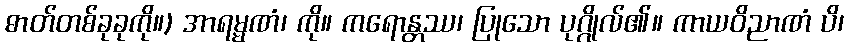
ဓာတ်တစ်ခုခုကို။) အာရမ္မဏံ၊ ကို။ ကရောန္တဿ၊ ပြုသော ပုဂ္ဂိုလ်၏။ ကာယဝိညာဏံ ပိ၊